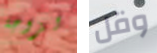
لزوجة وقل